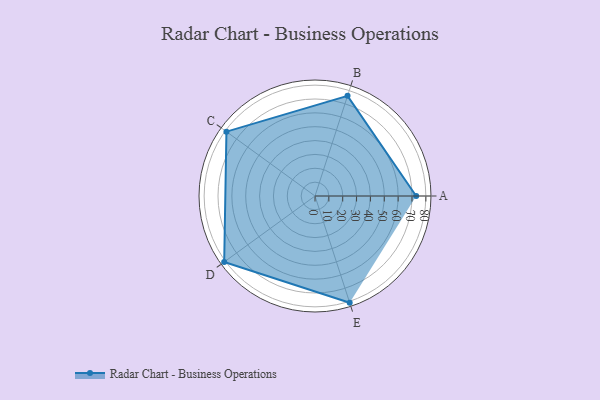
{"axis": {"x": "Skill", "y": "Score"}, "legend": ["Profile"], "data": [{"x": "A", "y": 73.0, "type": "Profile"}, {"x": "B", "y": 76.0, "type": "Profile"}, {"x": "C", "y": 79.0, "type": "Profile"}, {"x": "D", "y": 81.0, "type": "Profile"}, {"x": "E", "y": 81.0, "type": "Profile"}]}